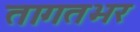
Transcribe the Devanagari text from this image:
तागतभर